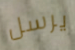
يرسل